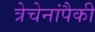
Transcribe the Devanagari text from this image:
त्रेचेनांपैकी